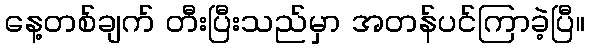
နေ့တစ်ချက် တီးပြီးသည်မှာ အတန်ပင်ကြာခဲ့ပြီ။